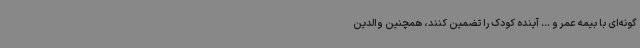
‌گونه‌ای با بیمه عمر و ... آینده کودک را تضمین کنند، همچنین والدین